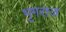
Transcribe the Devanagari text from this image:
भृगराज